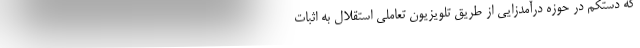
که دستکم در حوزه درآمدزایی از طریق تلویزیون تعاملی استقلال به اثبات